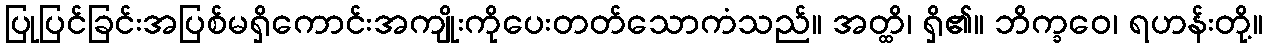
ပြုပြင်ခြင်းအပြစ်မရှိကောင်းအကျိုးကိုပေးတတ်သောကံသည်။ အတ္ထိ၊ ရှိ၏။ ဘိက္ခဝေ၊ ရဟန်းတို့။